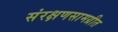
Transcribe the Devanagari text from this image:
संरक्षणसामग्रीत